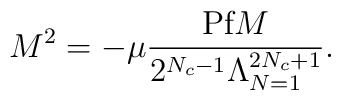
M^{2} = -\mu \frac{\mbox{Pf}M}{2^{N_{c}-1}\Lambda_{N=1}^{2N_{c}+1}}.